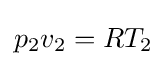
p_{2}v_{2}=RT_{2}